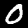
Digit: 0